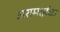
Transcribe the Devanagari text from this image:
अरामाईक